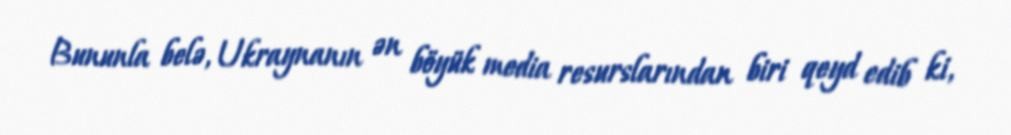
Bununla belə, Ukraynanın ən böyük media resurslarından biri qeyd edib ki,